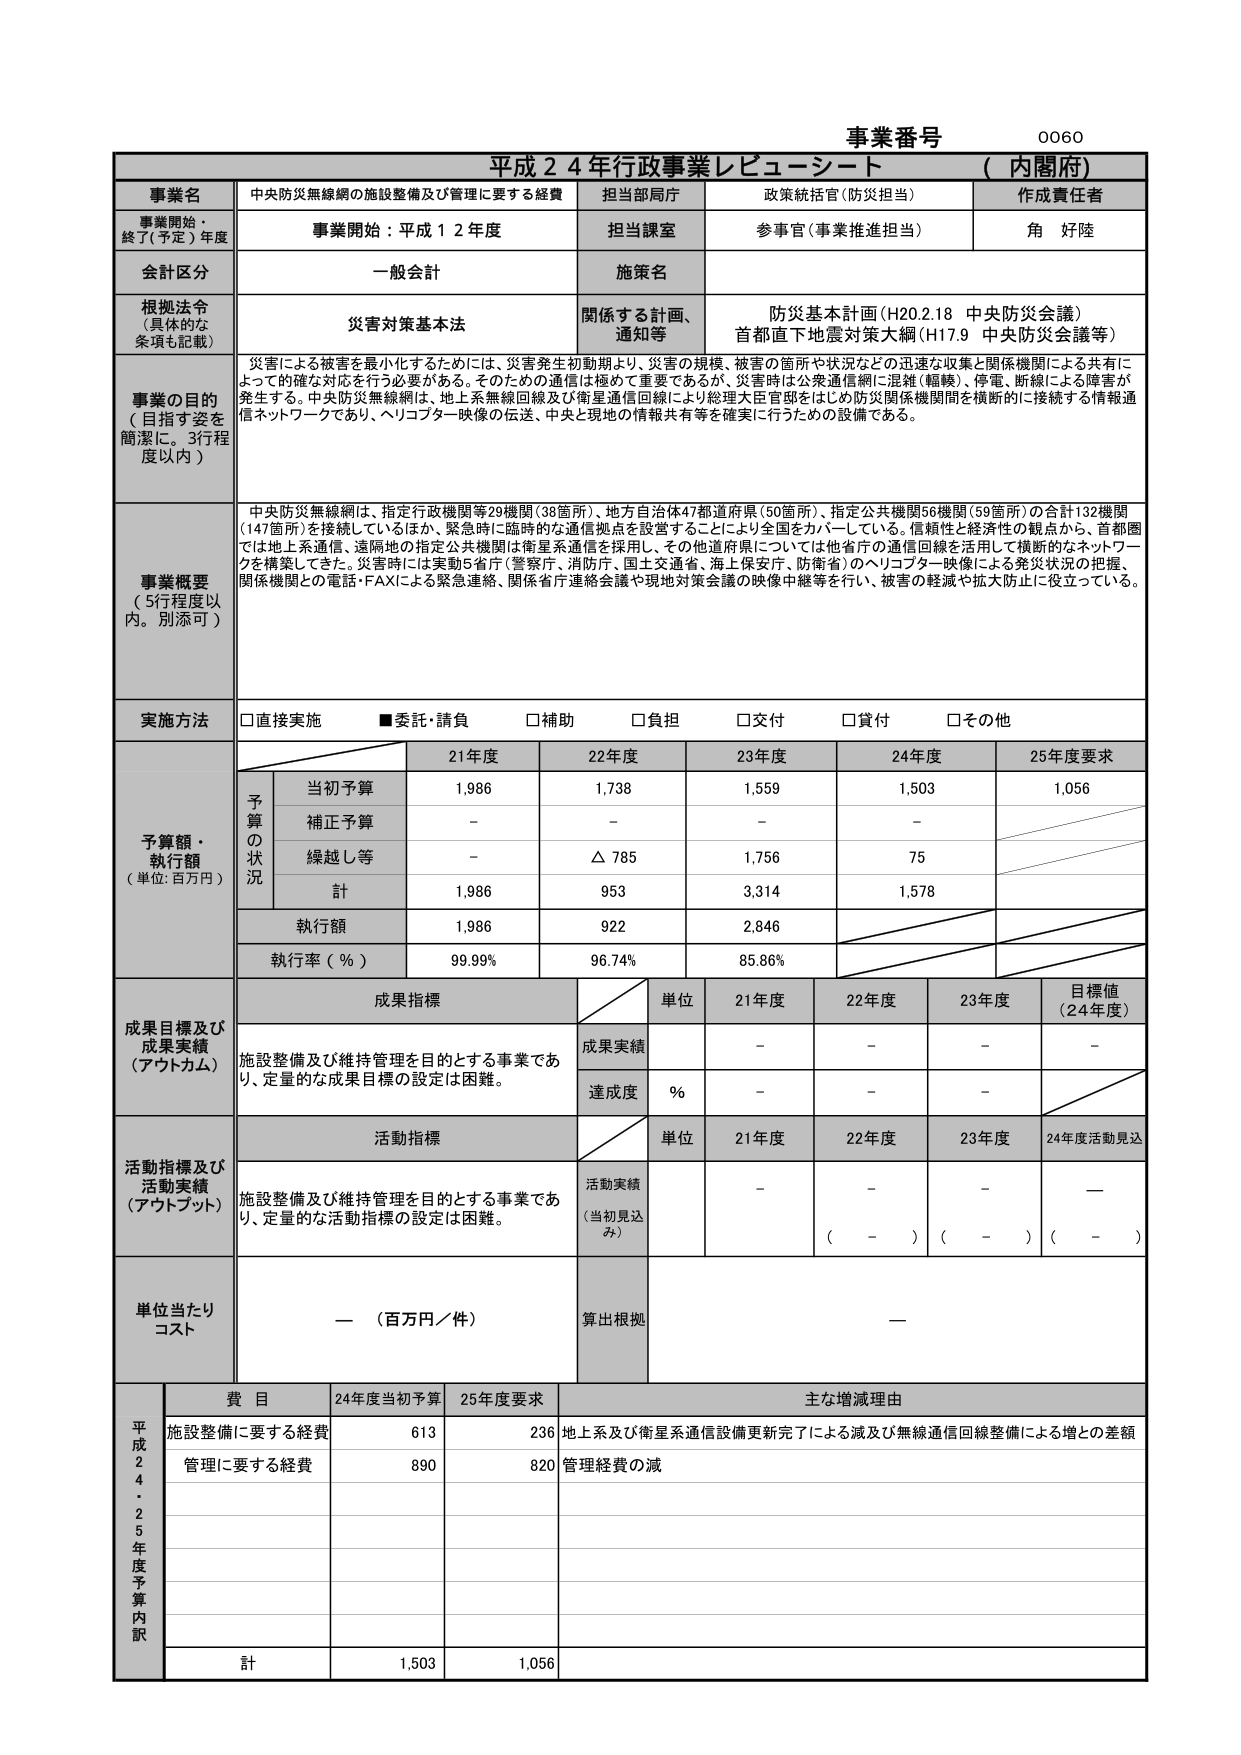
事業番号 0060
平成24年行政事業レビューーシート （内閣府）

事業名 中央防災無線網の施設整備及び管理に要する経費 担当部局庁 政策統括官（防災担当） 作成責任者
事業開始・終了（予定）年度 事業開始：平成12年度 担当課室 参事官（事業推進担当） 角 好陸
会計区分 一般会計 施策名
根拠法令（具体的な条項も記載） 災害対策基本法 関係する計画、通知等 防災基本計画（H20.2.18 中央防災会議） 首都直下地震対策大綱（H17.9 中央防災会議等）
事業の目的（目指す姿を簡潔に。3行程度以内） 災害による被害を最小化するためには、災害発生初動期より、災害の規模、被害の箇所や状況などの迅速な収集と関係機関による共有によって的確な対応を行う必要がある。そのための通信は極めて重要であるが、災害時は公衆通信網に混雑（輻輳）、停電、断線による障害が発生する。中央防災無線網は、地上系無線回線及び衛星通信回線により総理大臣官邸をはじめ防災関係機関間を横断的に接続する情報通信ネットワークであり、ヘリコプター映像の伝送、中央と現地の情報共有等を確実に行うための設備である。
事業概要（5行程度以内。別添可） 中央防災無線網は、指定行政機関等29機関（38箇所）、地方自治体47都道府県（50箇所）、指定公共機関56機関（59箇所）の合計132機関（147箇所）を接続しているほか、緊急時に臨時的な通信拠点を設営することにより全国をカバーしている。信頼性と経済性の観点から、首都圏では地上系通信、遠隔地の指定公共機関は衛星系通信を採用し、その他道府県については他省庁の通信回線を活用して横断的なネットワークを構築してきた。災害時には実動5省庁（警察庁、消防庁、国土交通省、海上保安庁、防衛省）のヘリコプター映像による発災状況の把握、関係機関との電話・FAXによる緊急連絡、関係省庁連絡会議や現地対策会議の映像中継等を行い、被害の軽減や拡大防止に役立っている。
実施方法 □直接実施 ■委託・請負 □補助 □負担 □交付 □貸付 □その他
予算額・執行額（単位：百万円）
21年度 22年度 23年度 24年度 25年度要求
予算の状況 当初予算 1,986 1,738 1,559 1,503 1,056
補正予算 - - - -
繰越し等 - △785 1,756 75
計 1,986 953 3,314 1,578
執行額 1,986 922 2,846
執行率（％） 99.99% 96.74% 85.86%
成果目標及び成果実績（アウトカム） 施設整備及び維持管理を目的とする事業であり、定量的な成果目標の設定は困難。 成果指標 単位 21年度 22年度 23年度 目標値（24年度）
成果実績 - - - -
達成度 ％ - - -
活動指標及び活動実績（アウトプット） 施設整備及び維持管理を目的とする事業であり、定量的な活動指標の設定は困難。 活動指標 単位 21年度 22年度 23年度 24年度活動見込
活動実績（当初見込み） - - - —
（ - ） （ - ） （ - ）
単位当たりコスト — （百万円／件） 算出根拠 —
平成24年度予算内訳 費目 24年度当初予算 25年度要求 主な増減理由
施設整備に要する経費 613 236 地上系及び衛星系通信設備更新完了による減及び無線通信回線整備による増との差額
管理に要する経費 890 820 管理経費の減
計 1,503 1,056